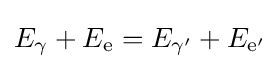
E_{\gamma }+E_{\text{e}}=E_{\gamma '}+E_{{\text{e}}'}